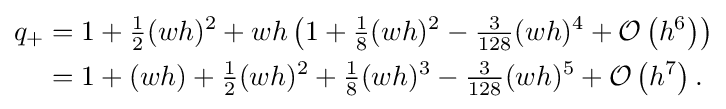
{\begin{aligned}q_{+}&=1+{\tfrac {1}{2}}(wh)^{2}+wh\left(1+{\tfrac {1}{8}}(wh)^{2}-{\tfrac {3}{128}}(wh)^{4}+{\mathcal {O}}\left(h^{6}\right)\right)\\&=1+(wh)+{\tfrac {1}{2}}(wh)^{2}+{\tfrac {1}{8}}(wh)^{3}-{\tfrac {3}{128}}(wh)^{5}+{\mathcal {O}}\left(h^{7}\right).\end{aligned}}